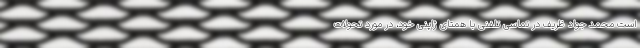
است محمد جواد ظریف در تماسی تلفنی با همتای ژاپنی خود، در مورد تحولات